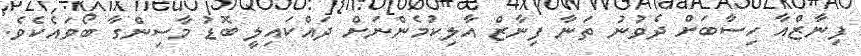
ފިނާޒްއާ ހިސާބަށް ދެވުނު ތަނާ ފިނާޒް އާލިކުމެންނަށް ދައްކައިލީ ބޮޑު މާސިންގާ ބޯވައެކެވެ.